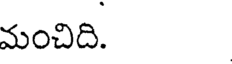
మంచిది.